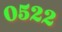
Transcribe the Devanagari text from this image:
०५२२